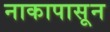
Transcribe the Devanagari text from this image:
नाकापासून